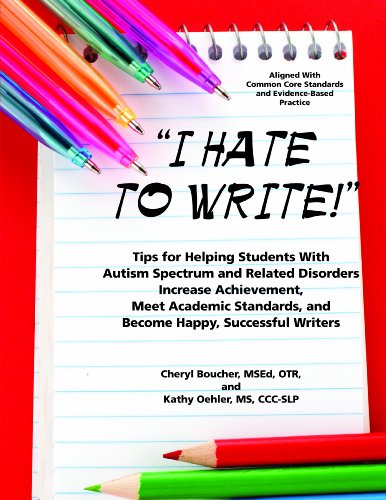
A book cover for I Hate to Write: Tips for Helping Students with Autism Spectrum and Related Disorders Increase Achievement, Meet Academic Standards, and Become Happy, Successful Writers; Cheryl Boucher; Education & Teaching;